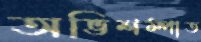
অভিশম্পাত